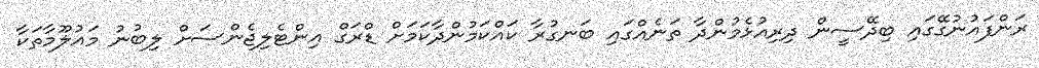
ރަންފައުނުގޭގައި ބިދޭސީން ދިރިއުޅެމުންދާ ތަނެއްގައި ބަނގުރާ ކައްކަމުންދާކަމަށް ޑްރަގް އިންޓެލިޖެންސަށް ލިބުނު މައުލޫމާތަކާ